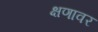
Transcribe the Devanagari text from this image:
क्षणावर